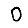
Digit: 0